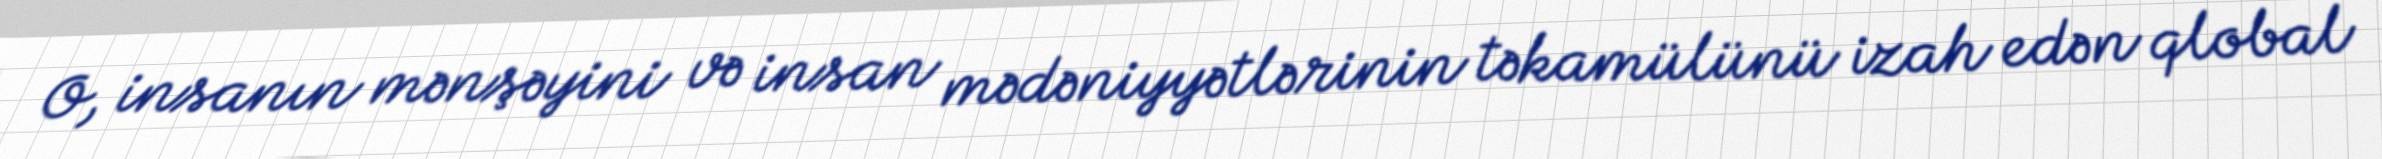
O, insanın mənşəyini və insan mədəniyyətlərinin təkamülünü izah edən qlobal